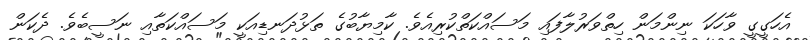
އެހަގީގީ ވާހަކަ ނިންމަން ހިތްވަރުލާފައި މަސައްކަތްކުރިއެވެ. ކާމިޔާބުގެ ތަޅުދަނޑިއަކީ މަސައްކަތާއި ނަސީބެވެ. ދެކަން